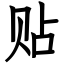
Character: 贴